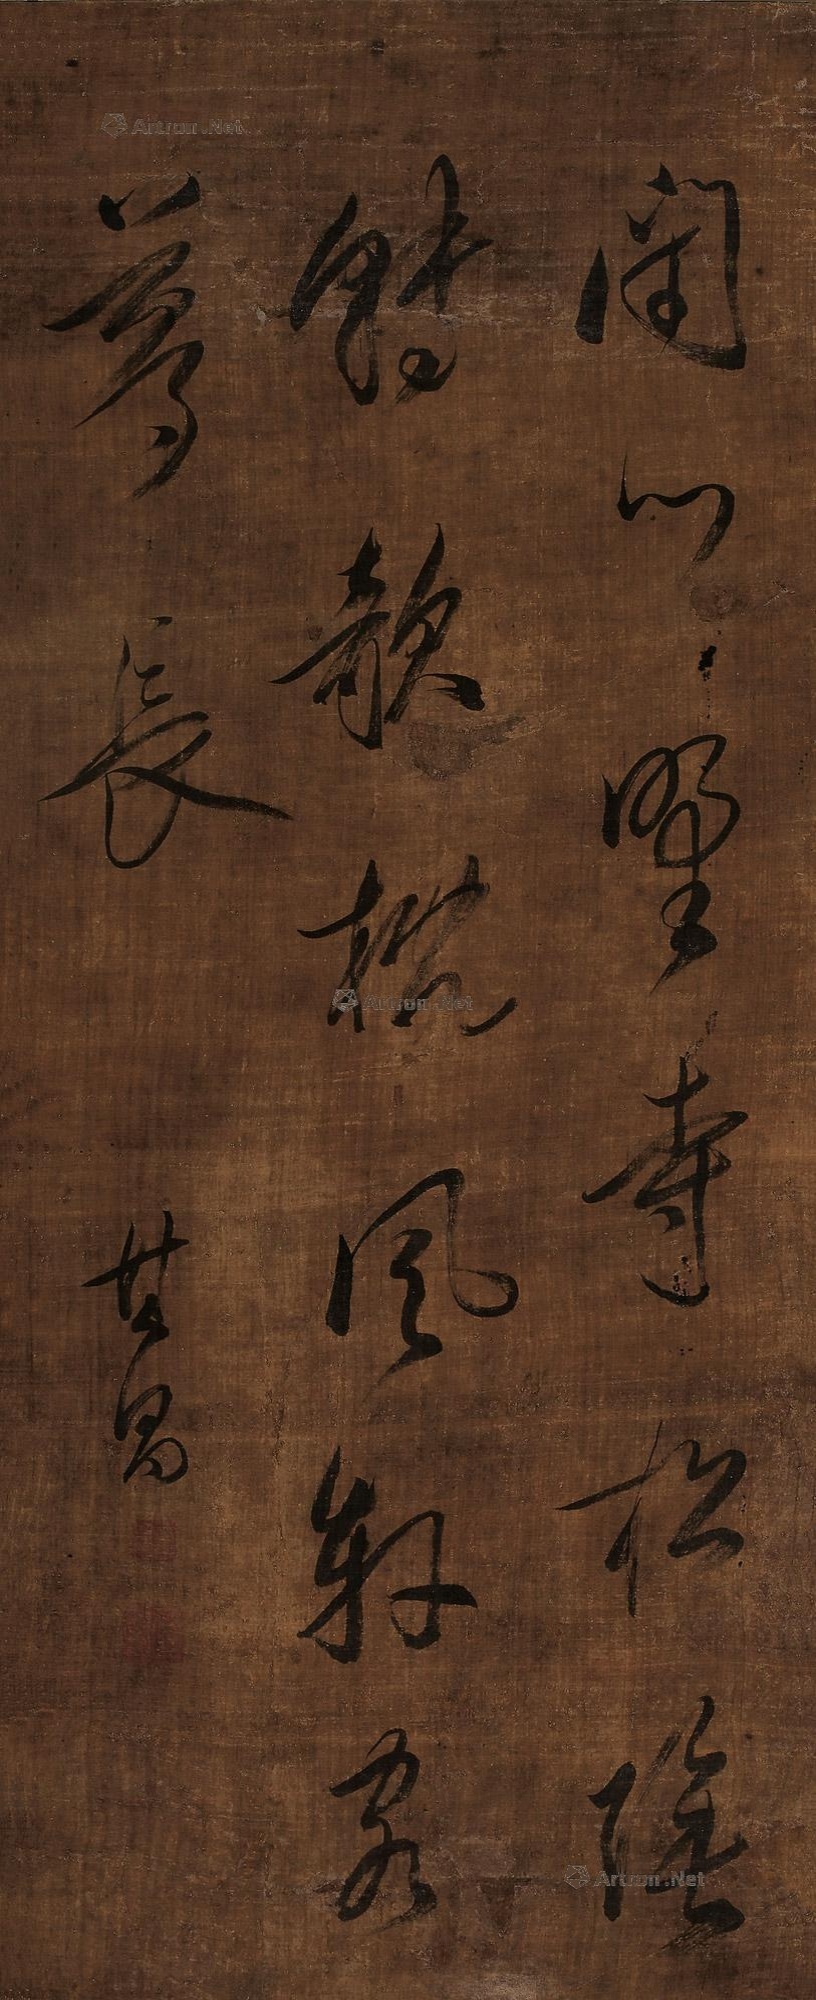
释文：闭门野寺松阴转，欹枕风轩客梦长。其昌。